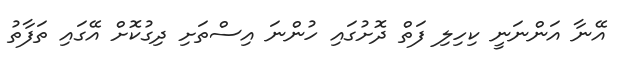
އޭނާ އަންނަނީ ކިހިލި ފަތް ދޮށުގައި ހުންނަ އިސްތަށި ދިގުކޮށް އޭގައި ތަފާތު